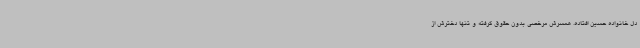
دل خانواده حسین افتاده. همسرش مرخصی بدون حقوق گرفته و تنها دخترش از